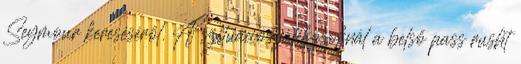
Seymour kereséséről. A szituációs játékosoknál a belső pass rusht